Leaving Certificate Examination, 1909
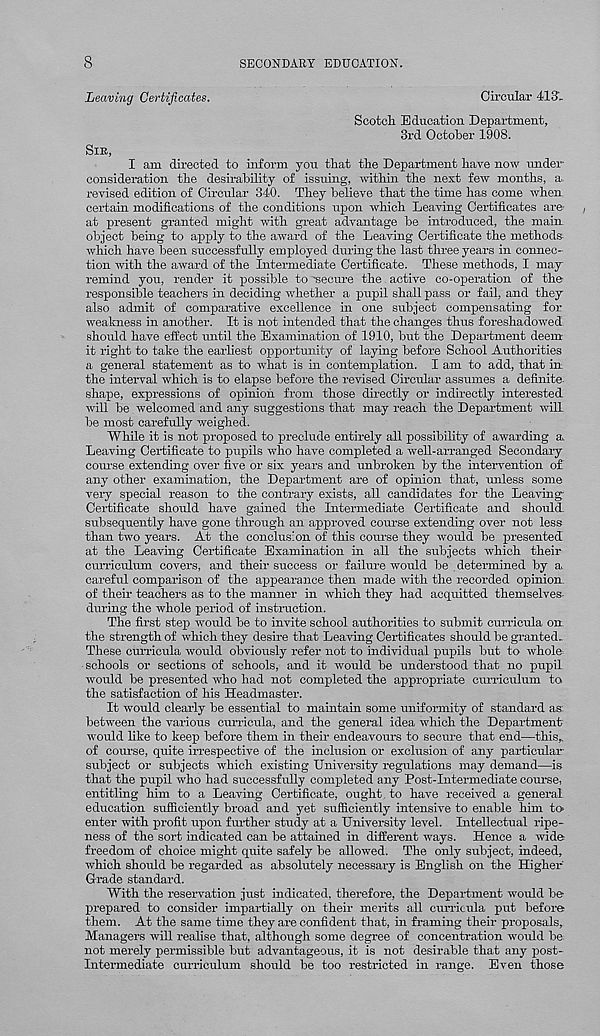
SECONDARY EDUCATION.
Leaving Certificates.
Circular 413'..
Scotch Education Department,
3rd October 1908.
SIB,
I am directed to inform you that the Department have now under
consideration the desirability of issuing, within the next few months, a
revised edition of Circular 340. They believe that the time has come when
certain modifications of the conditions upon which Leaving Certificates are
at present granted might with great advantage be introduced, the main
object being to apply to the award of the Leaving Certificate the methods-
which have been successfully employed dining the last three years in connec-
tion with the award of the Intermediate Certificate. These methods, I may
remind you, render it possible to "secure the active co-operation of the
responsible teachers in deciding whether a pupil shall pass or fail, and they
also admit of comparative excellence in one subject compensating for
weakness in another. It is not intended that the changes thus foreshadowed,
should have effect until the Examination of 1910, but the Department deem
it right to take the earliest opportunity of laying before School Authorities
a general statement as to what is in contemplation. I am to add, that in.
the interval which is to elapse before the revised Circular assumes a definite
shape, expressions of opinion from those directly or indirectly interested
will be welcomed and any suggestions that may reach the Department will
be most carefully weighed.
While it is not proposed to preclude entirely all possibility of awarding a.
Leaving Certificate to pupils who have completed a well-arranged Secondary
course extending over five or six years and unbroken by the intervention of
any other examination, the Department are of opinion that, unless some
very special reason to the contrary exists, all candidates for the Leaving-
Certificate should have gained the Intermediate Certificate and should,
subsequently have gone through an approved course extending over not less
than two years. At the conclusion of this course they would be piresented
at the Leaving Certificate Examination in all the subjects which their
curriculum covers, and their success or failure would be determined by a
careful comparison of the appearance then made with the recorded opinion,
of their teachers as to the manner in which they had acquitted themselves,
during the whole period of instruction.
The first step would be to invite school authorities to submit curricula on
the strength of which they desire that Leaving Certificates should be granted..
These curricula would obviously refer not to individual pupils but to whole
schools or sections of schools, and it would be understood that no pupil
would be presented who had not completed the appropriate curriculum to
the satisfaction of his Headmaster.
It would clearly be essential to maintain some uniformity of standard as
between the various curricula, and the general idea which the Department
would like to keep before them in their endeavours to secure that end—this„
of course, quite irrespective of the inclusion or exclusion of any particular-
subject or subjects which existing University regulations may demand—is
that the pupil who had successfully completed any Post-Intermediate course,
entitling him to a Leaving Certificate, ought to have received a general
education sufficiently broad and yet sufficiently intensive to enable him to>
enter with profit upon further study at a University level. Intellectual ripe-
ness of the sort indicated can be attained in different ways. Hence a wide
freedom of choice might quite safely be allowed. The only subject, indeed,
which should be regarded as absolutely necessary is English on the Higher-
Grade standard.
With the reservation just indicated, therefore, the Department would be
prepared to consider impartially on their merits all curricula put before
them. At the same time they are confident that, in framing their proposals.
Managers will realise that, although some degree of concentration would be.
not merely permissible but advantageous, it is not desirable that any post-
intermediate curriculum should be too restricted in range. Even those